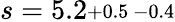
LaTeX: s=5.2\substack{+0.5\, -0.4}